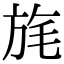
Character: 旄